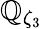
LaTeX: \mathbb{Q}_{\zeta_{3}}